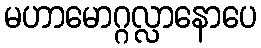
မဟာမောဂ္ဂလ္လာနောပေ